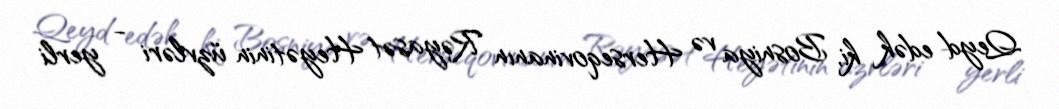
Qeyd edək ki, Bosniya və Herseqovinanın Rəyasət Heyətinin üzvləri - yerli